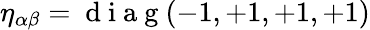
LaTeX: \eta_{\alpha\beta}=\mathrm{~d~i~a~g~}(-1,+1,+1,+1)